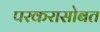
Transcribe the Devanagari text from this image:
परकरासोबत